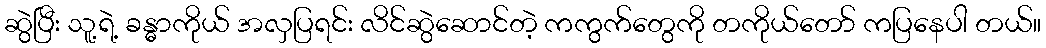
ဆွဲပြီး သူ့ရဲ့ ခန္ဓာကိုယ် အလှပြရင်း လိင်ဆွဲဆောင်တဲ့ ကကွက်တွေကို တကိုယ်တော် ကပြနေပါ တယ်။